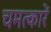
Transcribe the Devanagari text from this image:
चमत्कारें